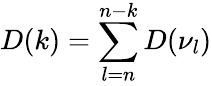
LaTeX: D(k)=\sum_{l=n}^{n-k}D(\nu_{l})